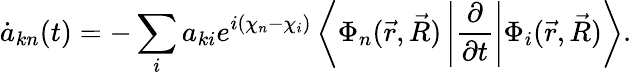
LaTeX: \dot{a}_{kn}(t)=-\sum_{i}a_{ki}e^{i(\chi_{n}-\chi_{i})}\left<\Phi_{n}(\vec{r},\vec{R})\left|\frac{\partial}{\partial t}\right|\Phi_{i}(\vec{r},\vec{R})\right>.